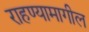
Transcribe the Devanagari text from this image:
राहण्यामागील